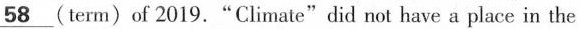
\underline{58}(term)of 2019."Climate"did not have a place in the